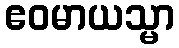
ဧဝမာယသ္မာ